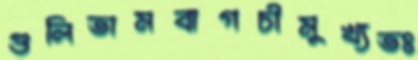
গুলিতামবাগচীমুখ্যতঃ